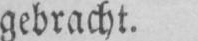
gebracht.